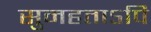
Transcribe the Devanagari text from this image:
सुमहताऽपि